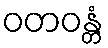
ဝတဝန္တံ